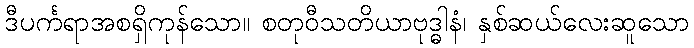
ဒီပင်္ကရာအစရှိကုန်သော။ စတုဝီသတိယာဗုဒ္ဓါနံ၊ နှစ်ဆယ်လေးဆူသော